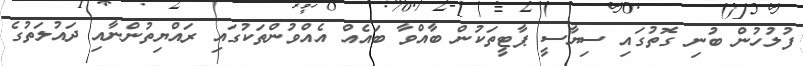
ފުލުހުން ބުނި ގޮތުގައި ސިޔާސީ ޕާޓީތަކުން ބާއްވާ ބައެއް އެއްވުންތަކުގައި ރައްޔިތުންނާއި ދައުލަތުގެ